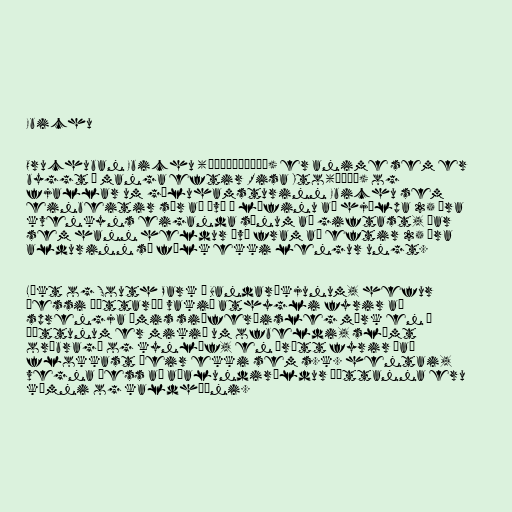
Ebichu

Oruchuban Ebichu (おるちゅばんエビちゅ) er anime sem er
byggt á manga eftir Risa Ito(伊藤理佐) og
fjallar um gæluhamsturinn Ebichu sem
einbeitir sér að því í lífinu að hjálpa 25 ára
kvenkyns eiganda sínum að giftast, þar
sem hann heldur því fram að eftir 25 ára
aldurinn sé fólk ekki lengur ungt.

Líkt og South Park í Bandaríkjunum, hefur
þessi þáttaröð vakið athygli fyrir að
sprengja ýmis siðferðisleg mörk en í
þáttunum er mikið um ofbeldi, slæmt
orðbragð og kynlíf, en þrátt fyrir það
flokkast þeir ekki sem s.k. hentai,
vegna þess að aðalundiröldur þáttanna eru
kímni og kaldhæðni.